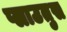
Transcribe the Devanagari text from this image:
प्लाउतुस